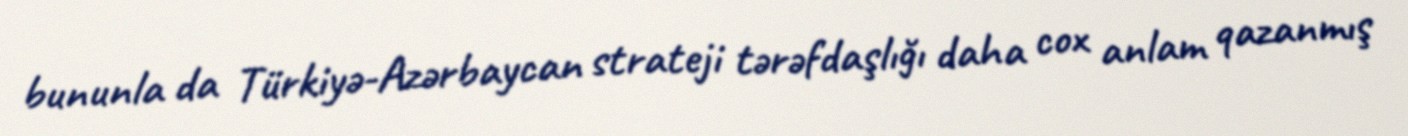
bununla da Türkiyə-Azərbaycan strateji tərəfdaşlığı daha cox anlam qazanmış